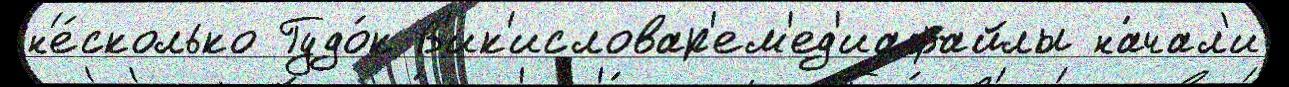
н'е́сколько Гудо́к В'ик'исловар'ем'ед'иафайлы на́чал'и